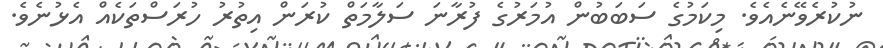
ނުކުރެވޭނެއެވެ. މިކަމުގެ ސަބަބުން އުމަރުުގެ ފުރާނަ ސަލާމަތް ކުރަން އިތުރު ހުރަސްތަކެއް އެޅުނެވެ.